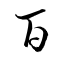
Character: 百